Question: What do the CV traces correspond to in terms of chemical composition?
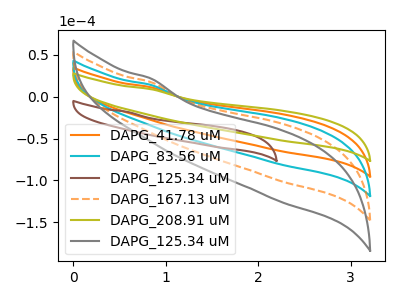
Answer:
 <answer>The orange curve is labeled "DAPG_41.78 uM". The cyan curve is labeled "DAPG_83.56 uM". The brown curve is labeled "DAPG_125.34 uM". The orange dashed curve is labeled "DAPG_167.13 uM". The olive curve is labeled "DAPG_208.91 uM". The gray curve is labeled "DAPG_125.34 uM".</answer>
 <eval></eval>